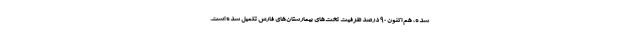
شده، هم اکنون ۹۰ درصد ظرفیت تخت‌های بیمارستان‌های فارس تکمیل شده است.